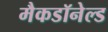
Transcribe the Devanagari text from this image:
मैकडॉनेल्ड